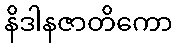
နိဒါနဇာတိကော